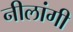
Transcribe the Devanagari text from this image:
नीलांगी